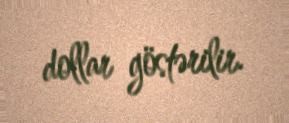
dollar göstərilir.